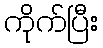
ကိုက်ပြီး